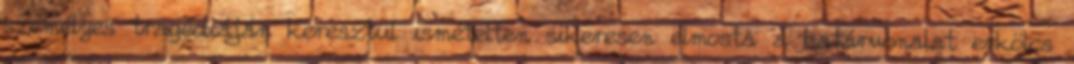
személyes tragédiáján keresztül ismételten sikeresen elmosta a határvonalat erkölcs